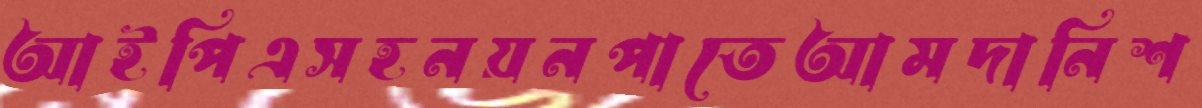
আইপিএসহনয়নপাতেআমদানিশ